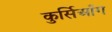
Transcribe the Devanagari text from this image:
कुर्सिआँग